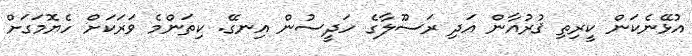
އުޅޭނެކަން ކީރިތި ޤުރުއާން އަދި ރަސޫލާގެ ހަދީސުން އިނގޭ. ކިތަންމެ ވަރަކަށް ހެޔޮމަގަށް